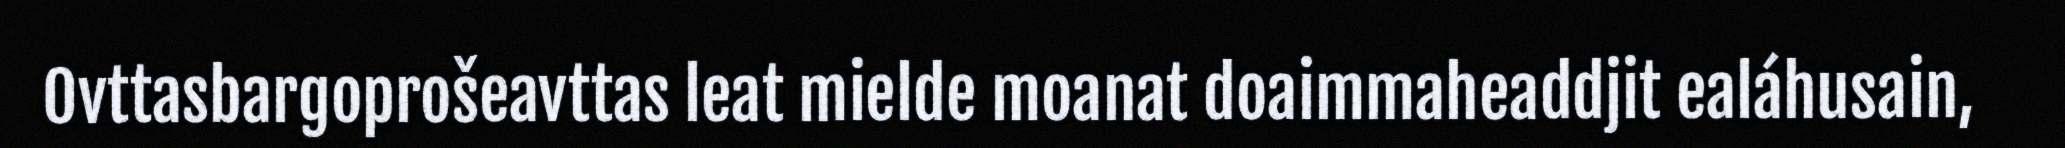
Ovttasbargoprošeavttas leat mielde moanat doaimmaheaddjit ealáhusain,